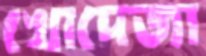
খোদেজা